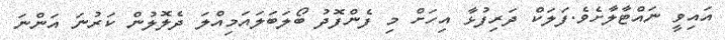
އައިވީ ނައްޓާލާށެވެ.ފަލަކް ދަރިފުޅާ އިހަށް މި ފެންފޮދު ބޯލަބަލައަމިއްލަ ދެލޮލުން ކަރުނަ އަންނަ